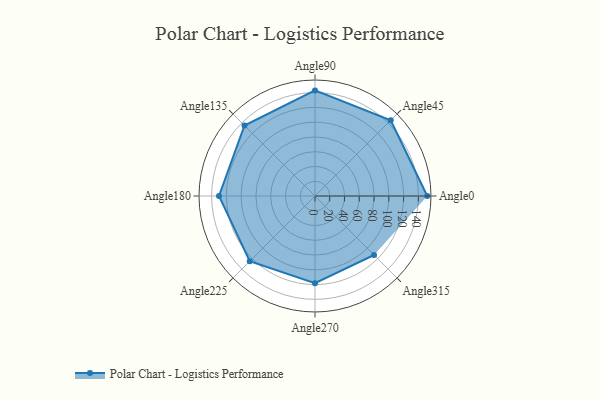
{"axis": {"x": "Angle", "y": "Radius"}, "legend": [""], "data": [{"x": "Angle0", "y": 152.0, "type": ""}, {"x": "Angle45", "y": 145.0, "type": ""}, {"x": "Angle90", "y": 143.0, "type": ""}, {"x": "Angle135", "y": 135.0, "type": ""}, {"x": "Angle180", "y": 130.0, "type": ""}, {"x": "Angle225", "y": 125.0, "type": ""}, {"x": "Angle270", "y": 118.0, "type": ""}, {"x": "Angle315", "y": 113.0, "type": ""}]}